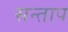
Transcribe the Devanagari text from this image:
सन्‍ताप